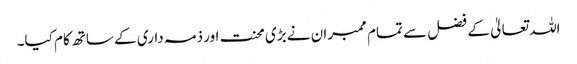
اللہ تعالیٰ کے فضل سے تمام ممبران نے بڑی محنت اور ذمہ داری کے ساتھ کام کیا۔